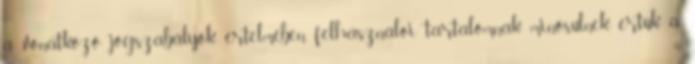
a vonatkozó jogszabályok értelmében felhasználói tartalomnak minősülnek, értük a